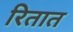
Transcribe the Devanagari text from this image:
रितात